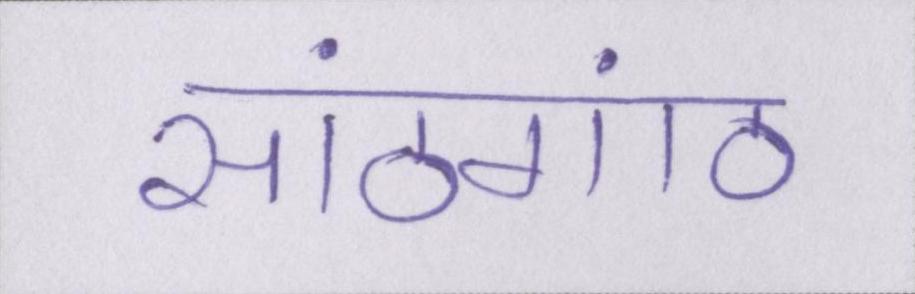
सांठगांठ